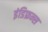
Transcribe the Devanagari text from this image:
इंडिफ्रन्स